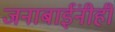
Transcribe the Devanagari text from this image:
जनाबाईंनीही